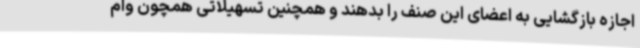
اجازه بازگشایی به اعضای این صنف را بدهند و همچنین تسهیلاتی همچون وام